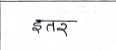
मजकूर: इतर